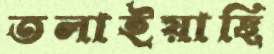
তলাইয়াছি